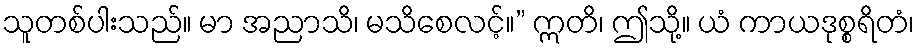
သူတစ်ပါးသည်။ မာ အညာသိ၊ မသိစေလင့်။” ဣတိ၊ ဤသို့။ ယံ ကာယဒုစ္စရိတံ၊